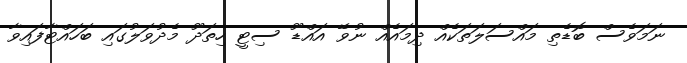
ނަމަވެސް ބޮޑެތި މައްސަލަތަކެއް ދިމައެއް ނުވޭ އައްޑޫ ސިޓީ ހިތަދޫ މެދުވަލުގައި ބަހައްޓާފައިވާ